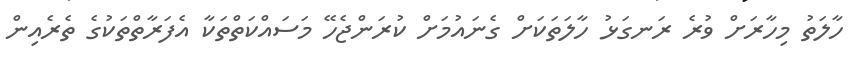
ހާލަތު މިހާރަށް ވުރެ ރަނގަޅު ހާލަތަކަށް ގެނައުމަށް ކުރަންޖެހޭ މަސައްކަތްތަކާ އެފަރާތްތަކުގެ ތެރެއިން